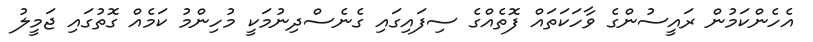
އެހެންކަމުން ރައީސުންގެ ވާހަކަތައް ފޮތެއްގެ ސިފައިގައި ގެނެސްދިނުމަކީ މުހިންމު ކަމެއް ގޮތުގައި ޖަމީލު